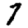
Digit: 7